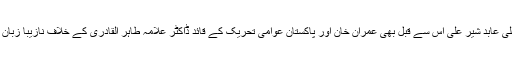
وفاقی وزیر پانی و بجلی عابد شیر علی اس سے قبل بھی عمران خان اور پاکستان عوامی تحریک کے قائد ڈاکٹر علامہ طاہر القادری کے خلاف نازیبا زبان استعمال کرچکے ہیں۔